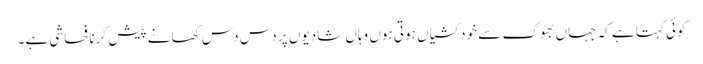
کوئی کہتا ہے کہ جہاں بھوک سے خودکشیاں ہوتی ہوں وہاں شادیوں پر دس دس کھانے پیش کرنا فحاشی ہے۔